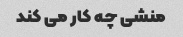
منشی چه کار می کند